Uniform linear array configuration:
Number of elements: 48
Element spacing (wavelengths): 0.5
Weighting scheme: kaiser
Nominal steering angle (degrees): -45
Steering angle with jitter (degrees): -45.894
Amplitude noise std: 0.05
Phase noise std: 0.05

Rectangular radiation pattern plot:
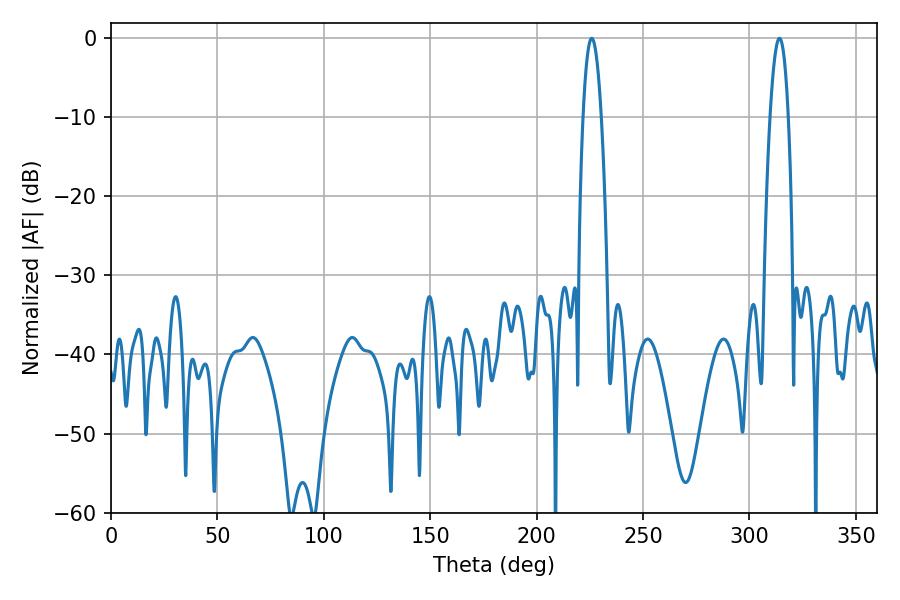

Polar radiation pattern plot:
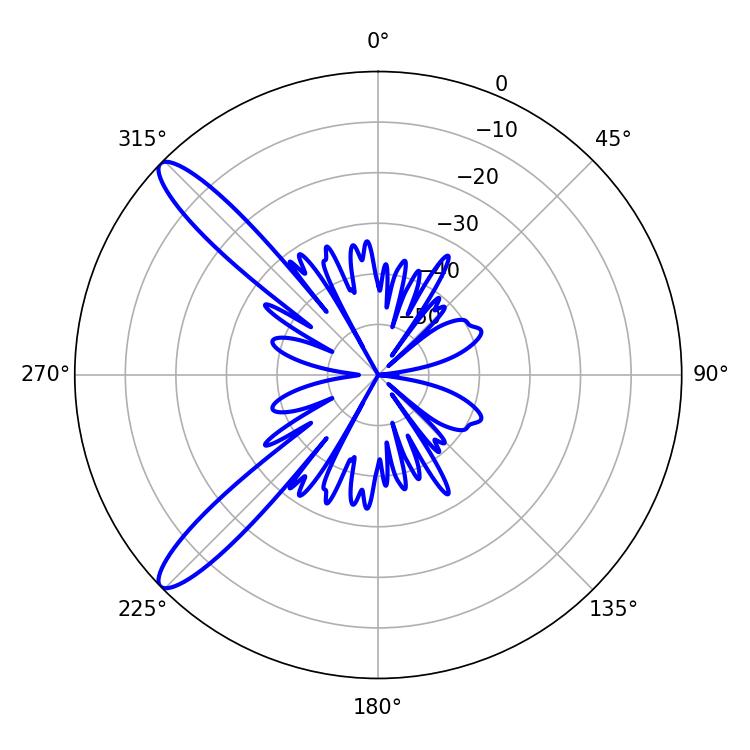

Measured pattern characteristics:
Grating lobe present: FALSE
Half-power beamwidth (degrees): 4.68
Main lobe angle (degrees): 225.9